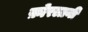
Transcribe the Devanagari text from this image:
फ़ोरलानी